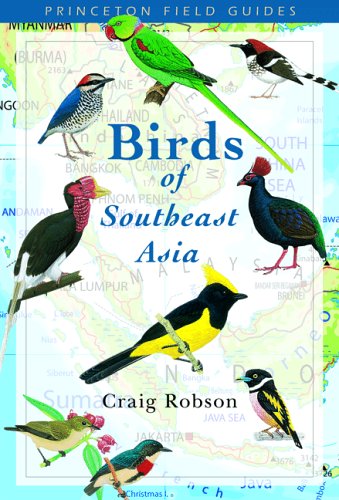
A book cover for Birds of Southeast Asia (Princeton Field Guides); Craig Robson; Travel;